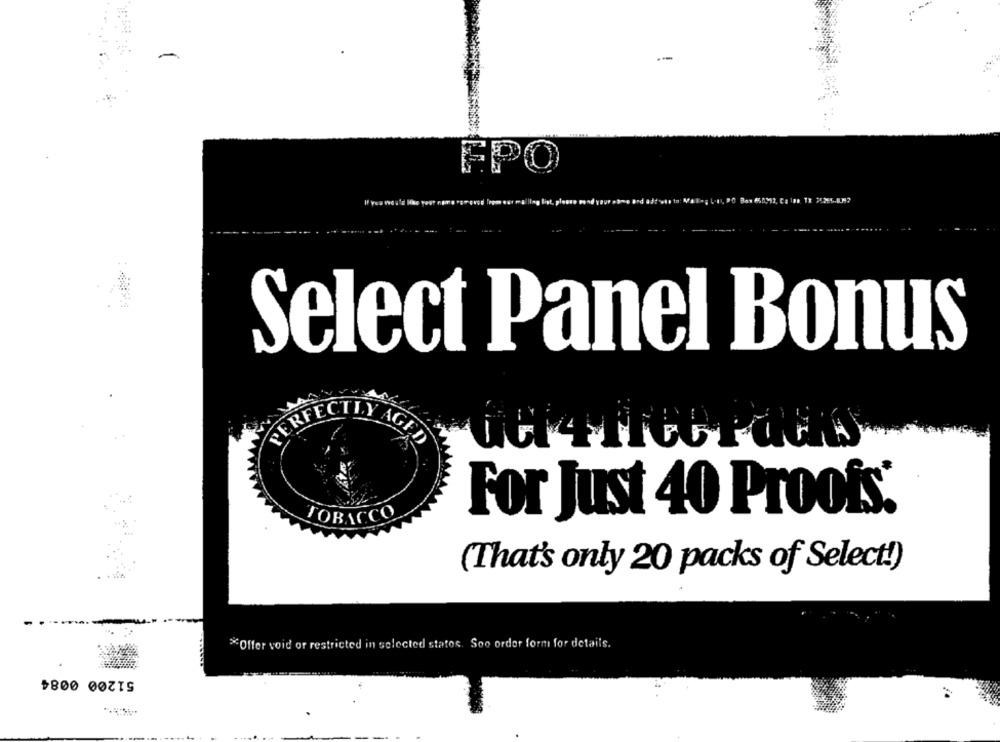
ÉPO
Select Panel Bonus
TOBACCO
For Just 40 Proofs:
(That's only 20 packs of Select!)
*Offer void or restricted in selected states. Soo order form for details.
51200 0084